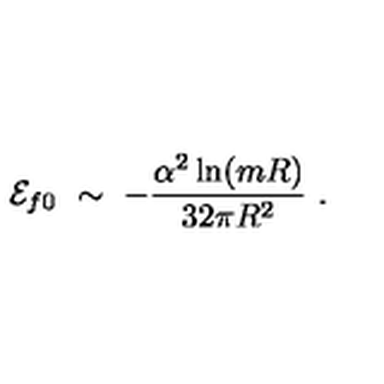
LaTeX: { \cal E } _ { f 0 } \ \sim \ - \frac { \alpha ^ { 2 } \ln ( m R ) } { 3 2 \pi R ^ { 2 } } \ .